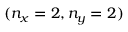
( n _ { x } = 2 , n _ { y } = 2 )